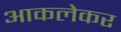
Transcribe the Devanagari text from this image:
आकलेकर